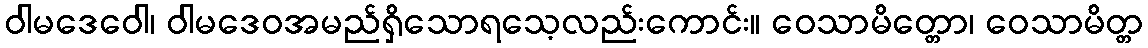
ဝါမဒေဝေါ၊ ဝါမဒေဝအမည်ရှိသောရသေ့လည်းကောင်း။ ဝေသာမိတ္တော၊ ဝေသာမိတ္တ